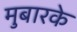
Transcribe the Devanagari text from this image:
मुबारके